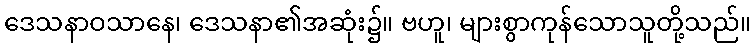
ဒေသနာဝသာနေ၊ ဒေသနာ၏အဆုံး၌။ ဗဟူ၊ များစွာကုန်သောသူတို့သည်။